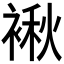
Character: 𮖝